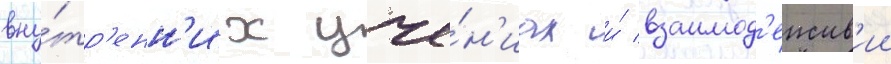
вну́тр'енн'их уче́н'иах и́ взаимод'еиств'ии